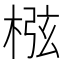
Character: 㭹